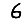
Digit: 6